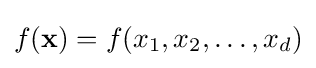
f(\mathbf {x} )=f(x_{1},x_{2},\ldots ,x_{d})